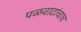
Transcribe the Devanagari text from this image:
पळवाटांचाच